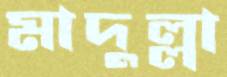
মাদুল্লা